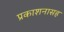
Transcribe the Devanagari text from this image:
प्रकाशनासह